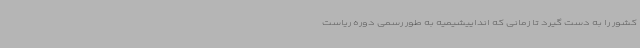
کشور را به دست گیرد تا زمانی که انداییشیمیه به طور رسمی دوره ریاست